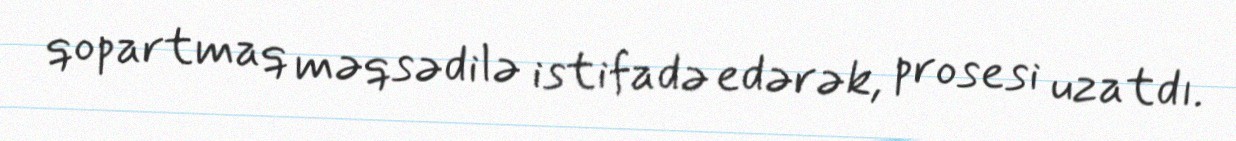
qopartmaq məqsədilə istifadə edərək, prosesi uzatdı.